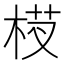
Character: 𬂵